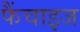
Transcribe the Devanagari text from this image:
फैंचाइज